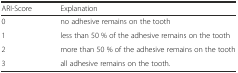
<table><thead><tr><td><b>ARI-Score</b></td><td><b>Explanation</b></td></tr></thead><tbody><tr><td>0</td><td>no adhesive remains on the tooth</td></tr><tr><td>1</td><td>less than 50 % of the adhesive remains on the tooth</td></tr><tr><td>2</td><td>more than 50 % of the adhesive remains on the tooth</td></tr><tr><td>3</td><td>all adhesive remains on the tooth.</td></tr></tbody></table>